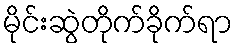
မိုင်းဆွဲတိုက်ခိုက်ရာ